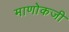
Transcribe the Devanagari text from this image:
माणोकजी